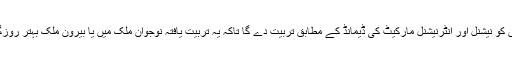
اس موقع پر وائس چانسلر پروفیسر ڈاکٹر سلیمان طاہر نے کہا کہ یہ ادارہ نوجوانوں کو نیشنل اور انٹرنیشنل مارکیٹ کی ڈیمانڈ کے مطابق تربیت دے گا تاکہ یہ تربیت یافتہ نوجوان ملک میں یا بیرون ملک بہتر روزگار حاصل کر سکیں اور اپنے علاقے کی ترقی میں اپنا مثبت کردار ادا کر سکیں ۔